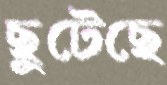
ছুটেছে